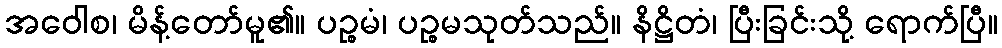
အဝေါစ၊ မိန့်တော်မူ၏။ ပဉ္စမံ၊ ပဉ္စမသုတ်သည်။ နိဋ္ဌိတံ၊ ပြီးခြင်းသို့ ရောက်ပြီ။